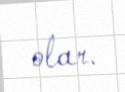
olar.